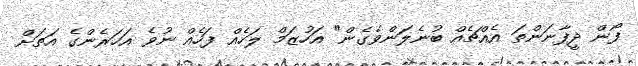
ފޯން ދީފާނަންތަ އެއްޗެއް ބުނެލަންވެގެން" އަހުޒަމް ލަހެއް ފަހެއް ނުވެ އަހަރެންގެ އަތަށް